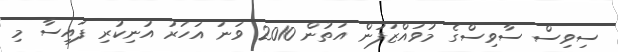
ސިވިސް ސާވިސްގެ މުވައްޒަފުން އަތުން 2010 ވަނަ އަހަރު އުނިކުރި ފައިސާ މި